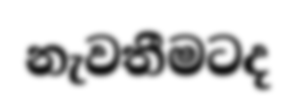
නැවතීමටද